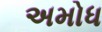
અમોધ